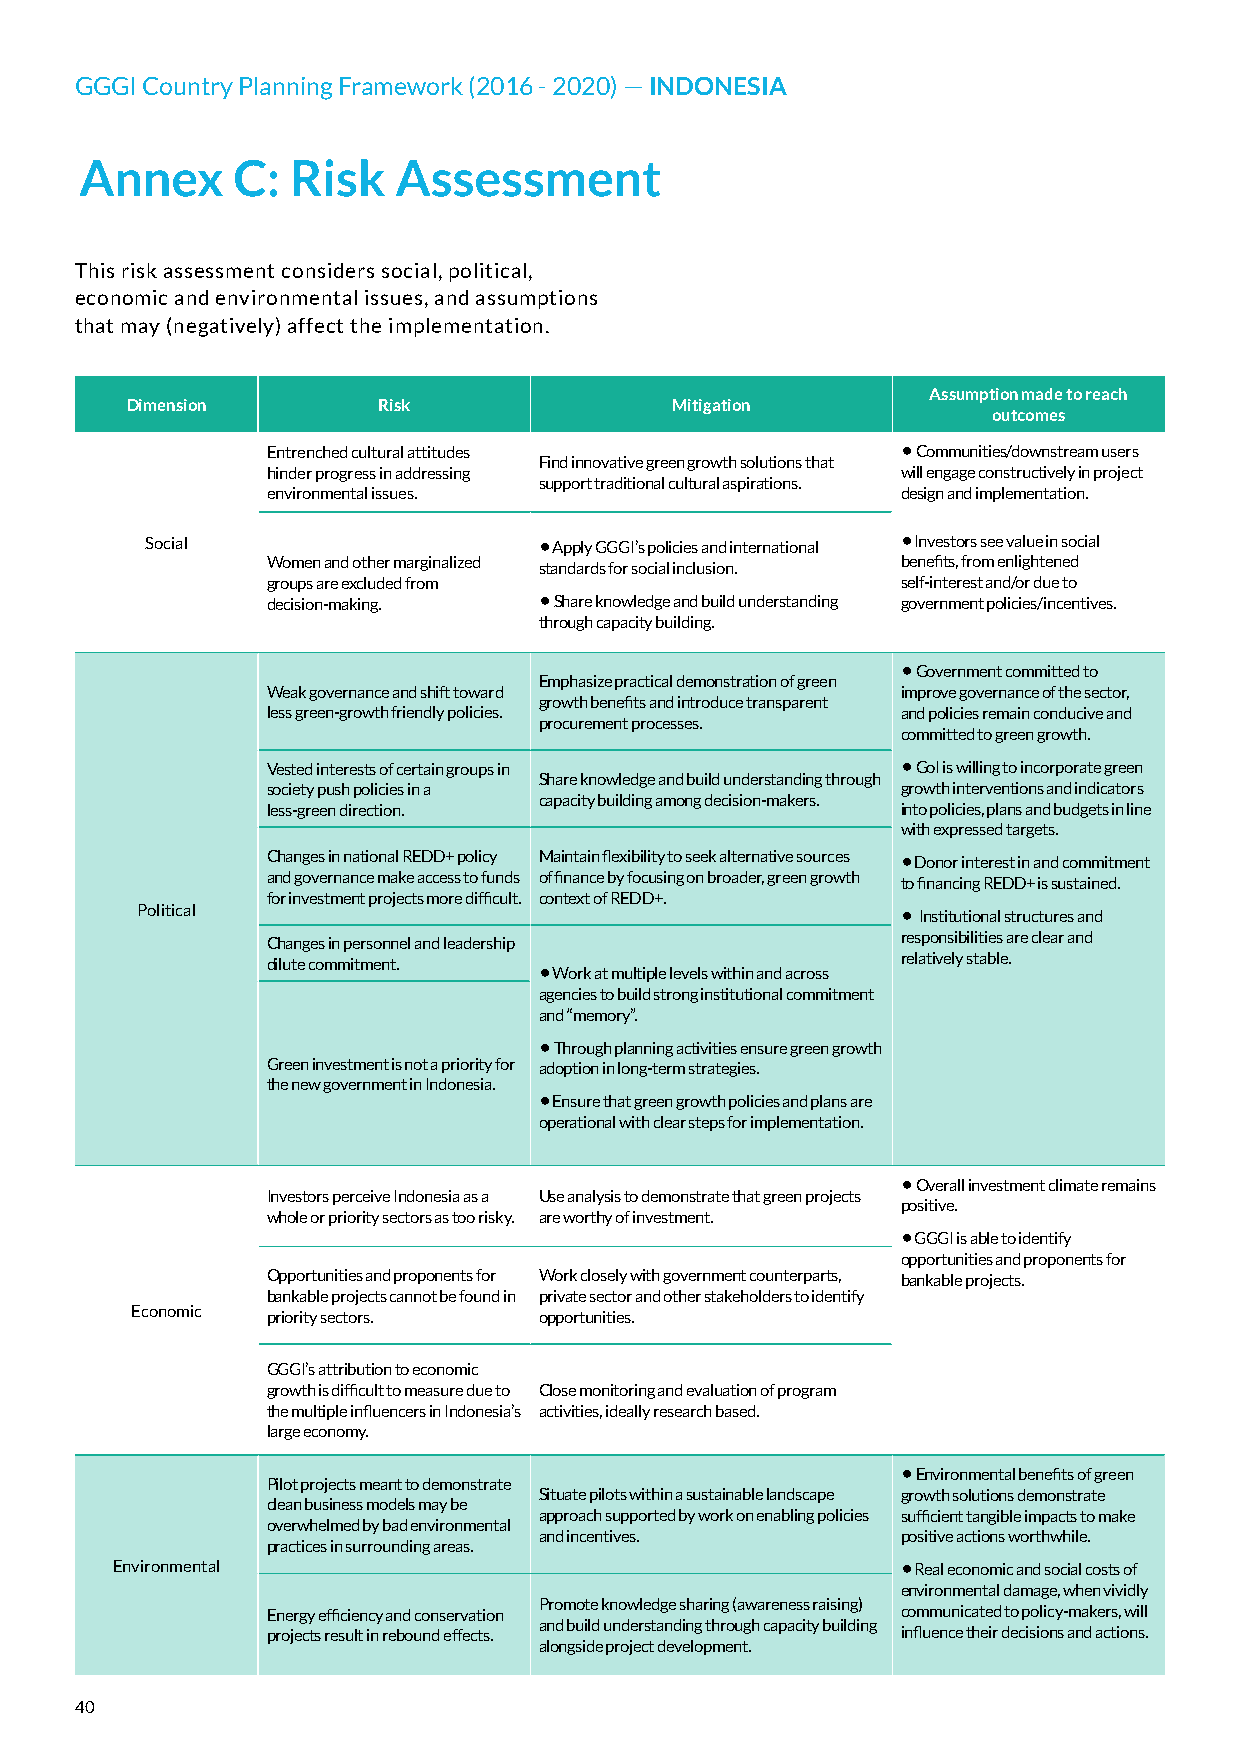
GGGI Country Planning Framework (2016 - 2020) — INDONESIA
 Annex     C:  Risk   Assessment
 This risk assessment considers social, political,
 economic and environmental issues, and assumptions
 that may (negatively) affect the implementation.
 Assumption made to reach
 Dimension        Risk               Mitigation
 outcomes
 Entrenched cultural attitudes             • Communities/downstream users
 Find innovative green growth solutions that
 hinder progress in addressing             will engage constructively in project
 support traditional cultural aspirations.
 environmental issues.                     design and implementation.
 Social                    • Apply GGGI’s policies and international • Investors see value in social
 Women and other marginalized standards for social inclusion. benefits, from enlightened
 groups are excluded from                  self-interest and/or due to
 decision-making.  • Share knowledge and build understanding government policies/incentives.
 through capacity building.
 • Government committed to
 Emphasize practical demonstration of green
 Weak governance and shift toward          improve governance of the sector,
 growth benefits and introduce transparent
 less green-growth friendly policies.      and policies remain conducive and
 procurement processes.
 committed to green growth.
 Vested interests of certain groups in     • GoI is willing to incorporate green
 Share knowledge and build understanding through
 society push policies in a                growth interventions and indicators
 capacity building among decision-makers.
 less-green direction.                     into policies, plans and budgets in line
 with expressed targets.
 Changes in national REDD+ policy Maintain flexibility to seek alternative sources • Donor interest in and commitment
 and governance make access to funds of finance by focusing on broader, green growth
 to financing REDD+ is sustained.
 for investment projects more difficult. context of REDD+.
 Political                                          • Institutional structures and
 Changes in personnel and leadership       responsibilities are clear and
 dilute commitment. • Work at multiple levels within and across relatively stable.
 agencies to build strong institutional commitment
 and “memory”.
 • Through planning activities ensure green growth
 Green investment is not a priority for adoption in long-term strategies.
 the new government in Indonesia.
 • Ensure that green growth policies and plans are
 operational with clear steps for implementation.
 • Overall investment climate remains
 Investors perceive Indonesia as a Use analysis to demonstrate that green projects
 positive.
 whole or priority sectors as too risky. are worthy of investment.
 • GGGI is able to identify
 opportunities and proponents for
 Opportunities and proponents for Work closely with government counterparts, bankable projects.
 bankable projects cannot be found in private sector and other stakeholders to identify
 Economic priority sectors. opportunities.
 GGGI’s attribution to economic
 growth is difficult to measure due to Close monitoring and evaluation of program
 the multiple influencers in Indonesia’s activities, ideally research based.
 large economy.
 • Environmental benefits of green
 Pilot projects meant to demonstrate
 Situate pilots within a sustainable landscape growth solutions demonstrate
 clean business models may be
 approach supported by work on enabling policies sufficient tangible impacts to make
 overwhelmed by bad environmental
 and incentives.         positive actions worthwhile.
 practices in surrounding areas.
 Environmental                                        • Real economic and social costs of
 environmental damage, when vividly
 Promote knowledge sharing (awareness raising)
 Energy efficiency and conservation        communicated to policy-makers, will
 and build understanding through capacity building
 projects result in rebound effects.       influence their decisions and actions.
 alongside project development.
 40